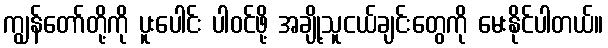
ကျွန်တော်တို့ကို ပူးပေါင်း ပါဝင်ဖို့ အချို့သူငယ်ချင်းတွေကို မေးနိုင်ပါတယ်။